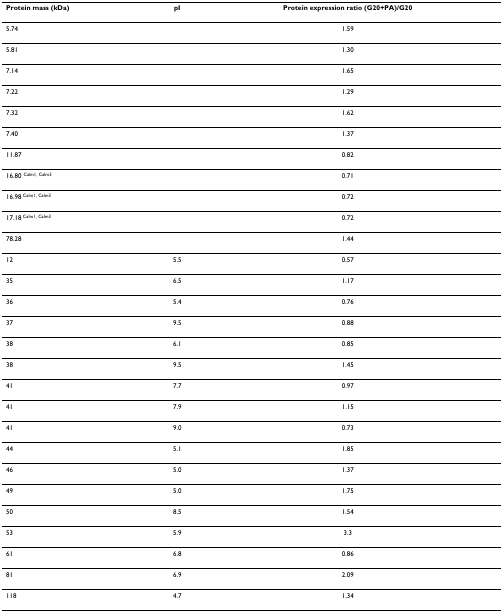
<table><thead><tr><td><b>Protein mass (kDa)</b></td><td><b>pI</b></td><td><b>Protein expression ratio (G20+PA)/G20</b></td></tr></thead><tbody><tr><td>5.74</td><td></td><td>1.59</td></tr><tr><td>5.81</td><td></td><td>1.30</td></tr><tr><td>7.14</td><td></td><td>1.65</td></tr><tr><td>7.22</td><td></td><td>1.29</td></tr><tr><td>7.32</td><td></td><td>1.62</td></tr><tr><td>7.40</td><td></td><td>1.37</td></tr><tr><td>11.87</td><td></td><td>0.82</td></tr><tr><td>16.80 <sup>Calm1, Calm3</sup></td><td></td><td>0.71</td></tr><tr><td>16.98 <sup>Calm1, Calm3</sup></td><td></td><td>0.72</td></tr><tr><td>17.18 <sup>Calm1, Calm3</sup></td><td></td><td>0.72</td></tr><tr><td>78.28</td><td></td><td>1.44</td></tr><tr><td>12</td><td>5.5</td><td>0.57</td></tr><tr><td>35</td><td>6.5</td><td>1.17</td></tr><tr><td>36</td><td>5.4</td><td>0.76</td></tr><tr><td>37</td><td>9.5</td><td>0.88</td></tr><tr><td>38</td><td>6.1</td><td>0.85</td></tr><tr><td>38</td><td>9.5</td><td>1.45</td></tr><tr><td>41</td><td>7.7</td><td>0.97</td></tr><tr><td>41</td><td>7.9</td><td>1.15</td></tr><tr><td>41</td><td>9.0</td><td>0.73</td></tr><tr><td>44</td><td>5.1</td><td>1.85</td></tr><tr><td>46</td><td>5.0</td><td>1.37</td></tr><tr><td>49</td><td>5.0</td><td>1.75</td></tr><tr><td>50</td><td>8.5</td><td>1.54</td></tr><tr><td>53</td><td>5.9</td><td>3.3</td></tr><tr><td>61</td><td>6.8</td><td>0.86</td></tr><tr><td>81</td><td>6.9</td><td>2.09</td></tr><tr><td>118</td><td>4.7</td><td>1.34</td></tr></tbody></table>